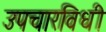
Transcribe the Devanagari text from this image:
उपचारविधी